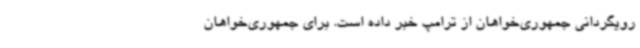
رویگردانی جمهوری‌خواهان از ترامپ خبر داده است. برای جمهوری‌خواهان